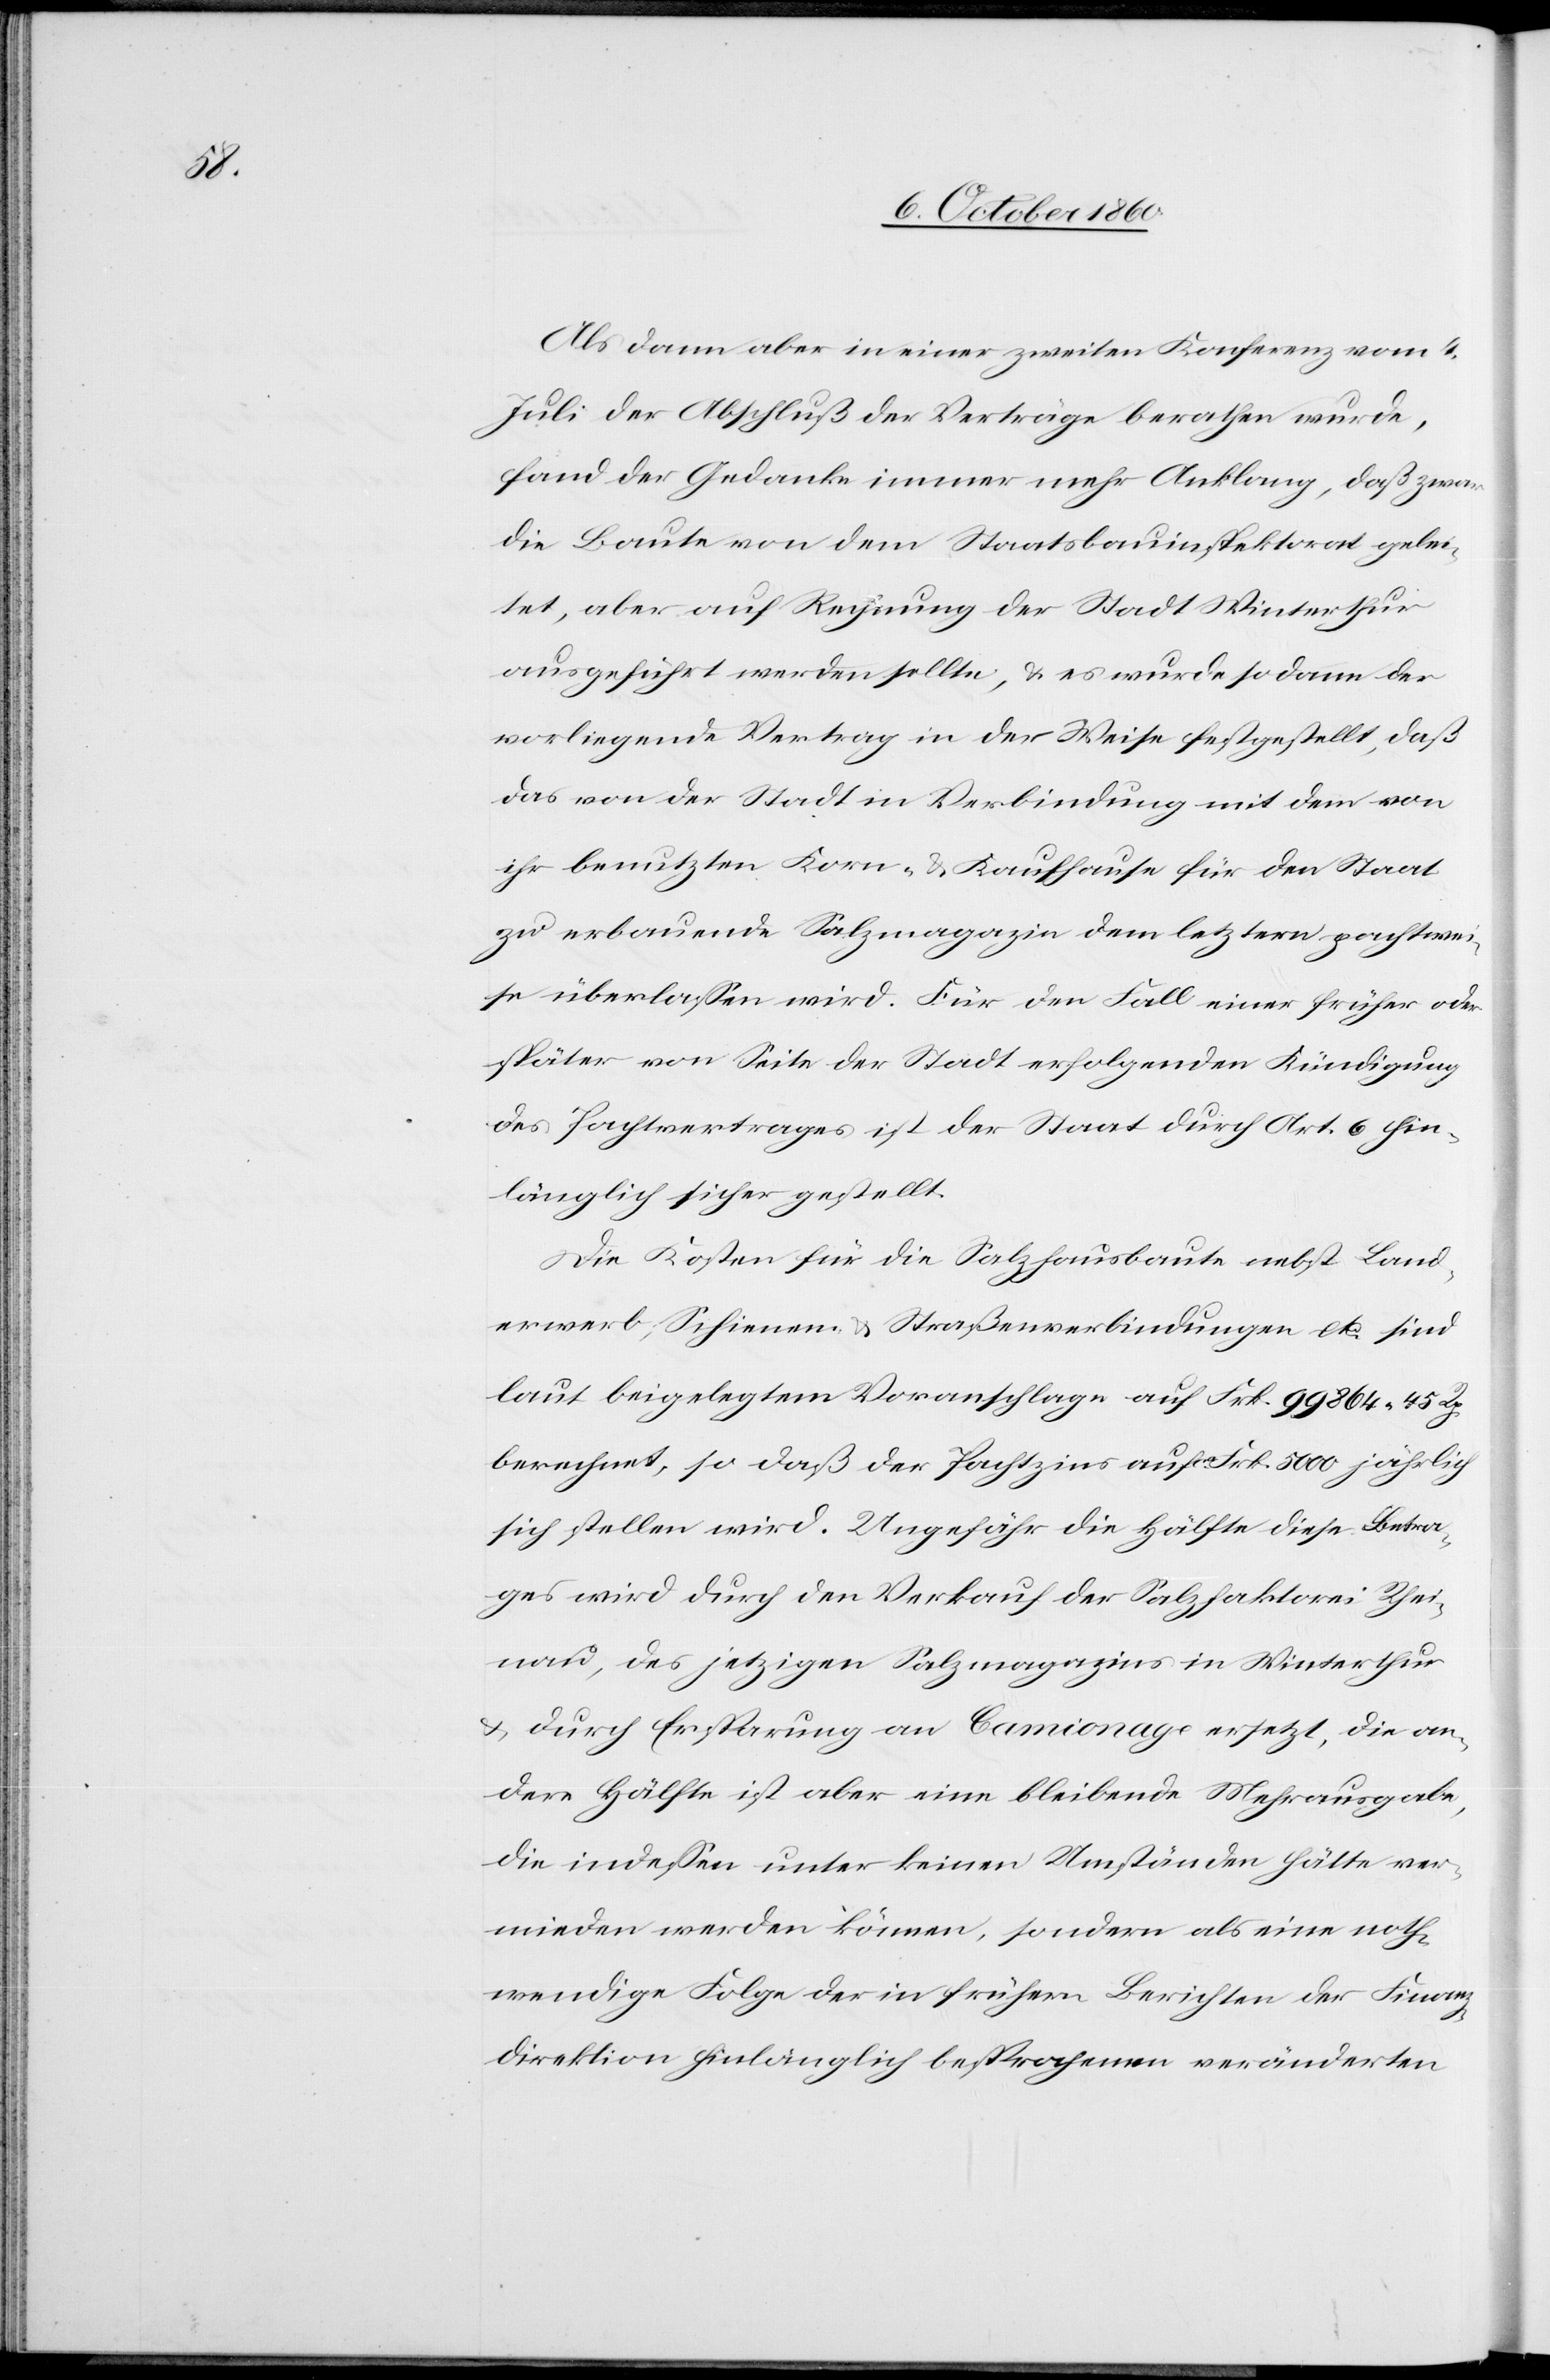
Als dann aber in einer zweiten Konferenz vom 4.
Juli der Abschluß der Verträge berathen wurde,
fand der Gedanke immer mehr Anklang, daß zwar
die Baute von dem Staatsbauinspektorat gelei¬
tet, aber auf Rechnung der Stadt Winterthur
ausgeführt werden sollte, u. es wurde so dann der
vorliegende Vertrag in der Weise festgestellt, daß
das von der Stadt in Verbindung mit dem von
ihr benutzten Korn- u. Kaufhause für den Staat
zu erbauende Salzmagazin dem letztern pachtwei¬
se überlassen wird. Für den Fall einer früher oder
später von Seite der Stadt erfolgenden Kündigung
des Pachtvertrages ist der Staat durch Art. 6 hin¬
länglich sicher gestellt.
Die Kosten für die Salzhausbaute nebst Land¬
erwerb, Schienen u. Straßenverbindungen etc. sind
laut eingelegtem Voranschlage auf Frk. 99 864 45 Rp.
berechnet, so daß der Pachtzins auf Frk. 5000 jährlich
sich stellen wird. Ungefähr die Hälfte diese Betra¬
ges wird durch den Verkauf der Salzfaktorei Rhei¬
nau, des jetzigen Salzmagazins in Winterthur
u. durch Ersparung an Camionage ersetzt, die an¬
dere Hälfte ist aber eine bleibende Mehrausgabe,
die indessen unter keinen Umständen hätte ver¬
mieden werden können, sondern als eine noth¬
wendige Folge der in frühern Berichten der Finanz¬
direktion hinlänglich besprochenen veränderten